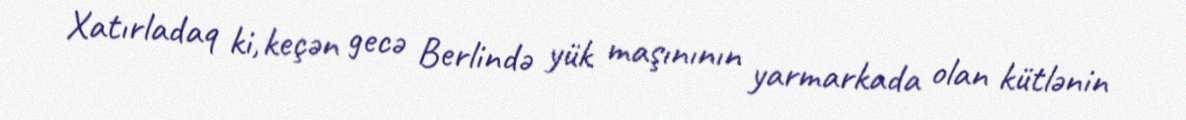
Xatırladaq ki, keçən gecə Berlində yük maşınının yarmarkada olan kütlənin